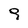
Character: 9